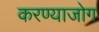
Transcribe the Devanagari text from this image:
करण्याजोग